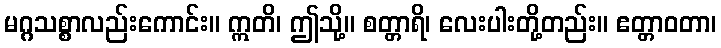
မဂ္ဂသစ္စာလည်းကောင်း။ ဣတိ၊ ဤသို့။ စတ္တာရိ၊ လေးပါးတို့တည်း။ ဧတ္တာဝတာ၊